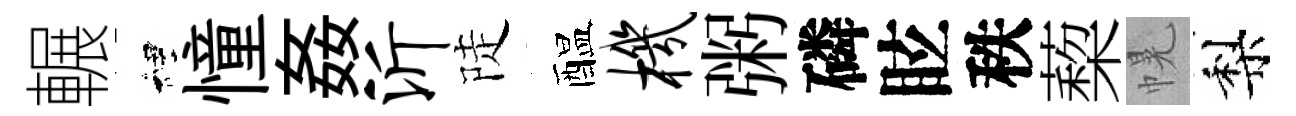
輾裡憧姦沂陡醖机粥磷眩秩蔾幌梨